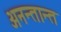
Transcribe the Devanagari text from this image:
अनन्तान्त